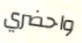
واحضري